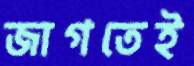
জাগতেই